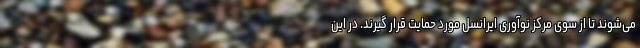
می‌شوند تا از سوی مرکز نوآوری ایرانسل مورد حمایت قرار گیرند. در این